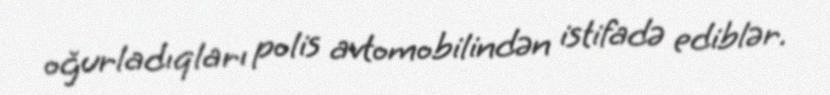
oğurladıqları polis avtomobilindən istifadə ediblər.